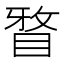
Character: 𭾹